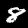
Label: 8